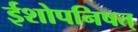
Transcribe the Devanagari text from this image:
ईशोपनिषत्